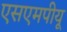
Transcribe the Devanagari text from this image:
एसएमपीयू